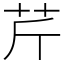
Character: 芹